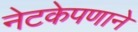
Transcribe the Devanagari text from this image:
नेटकेपणाने